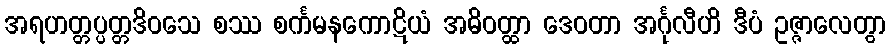
အရဟတ္တပ္ပတ္တဒိဝသေ စဿ စင်္ကမနကောဋိယံ အဓိဝတ္ထာ ဒေဝတာ အင်္ဂုလီဟိ ဒီပံ ဥဇ္ဇာလေတွာ